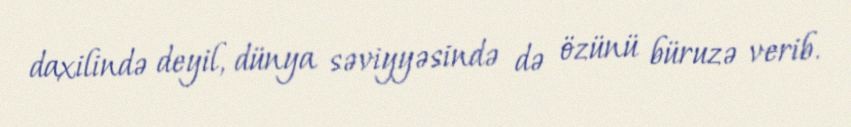
daxilində deyil, dünya səviyyəsində də özünü büruzə verib.